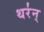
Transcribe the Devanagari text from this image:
थर॑न्